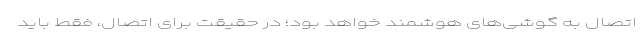
اتصال به گوشی‌های هوشمند خواهد بود؛ در حقیقت برای اتصال، فقط باید